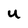
Character: U